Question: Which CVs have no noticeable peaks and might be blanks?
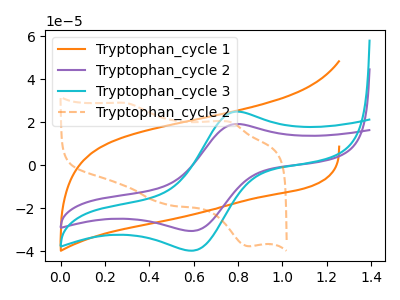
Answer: <think>The orange curve "Tryptophan_cycle 1" has no peaks. The purple curve "Tryptophan_cycle 2" has an anodic peak at (0.80V, 19.20uA) and a cathodic peak at (0.60V, -30.60uA). The cyan curve "Tryptophan_cycle 3" has an anodic peak at (0.80V, 24.95uA) and a cathodic peak at (0.60V, -39.75uA). The orange dashed curve "Tryptophan_cycle 2" has anodic peaks at (0.30V, 29.00uA) (0.75V, 20.10uA) and cathodic peaks at (0.45V, -17.95uA) (0.85V, -37.70uA).</think>
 <answer>"Tryptophan_cycle 1" is likely to be a blank.</answer>
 <eval>Tryptophan_cycle 1</eval>